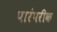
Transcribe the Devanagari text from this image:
पारंपरीक